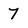
Character: 7